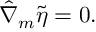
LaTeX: \hat { \nabla } _ { m } \tilde { \eta } = 0 .